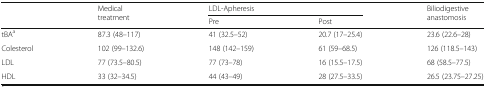
<table><thead><tr><td rowspan="2"></td><td rowspan="2"><b>Medical treatment</b></td><td colspan="2"><b>LDL-Apheresis</b></td><td rowspan="2"><b>Biliodigestive anastomosis</b></td></tr><tr><td><b>Pre</b></td><td><b>Post</b></td></tr></thead><tbody><tr><td>tBA<sup>a</sup></td><td>87.3 (48–117)</td><td>41 (32.5–52)</td><td>20.7 (17–25.4)</td><td>23.6 (22.6–28)</td></tr><tr><td>Colesterol</td><td>102 (99–132.6)</td><td>148 (142–159)</td><td>61 (59–68.5)</td><td>126 (118.5–143)</td></tr><tr><td>LDL</td><td>77 (73.5–80.5)</td><td>77 (73–78)</td><td>16 (15.5–17.5)</td><td>68 (58.5–77.5)</td></tr><tr><td>HDL</td><td>33 (32–34.5)</td><td>44 (43–49)</td><td>28 (27.5–33.5)</td><td>26.5 (23.75–27.25)</td></tr></tbody></table>